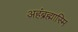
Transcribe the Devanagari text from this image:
अहंब्रह्मास्मि